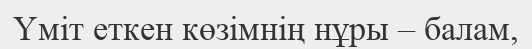
Үміт еткен көзімнің нұры – балам,